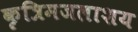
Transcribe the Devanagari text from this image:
कृत्रिमजलाशय